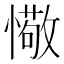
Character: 𢢩